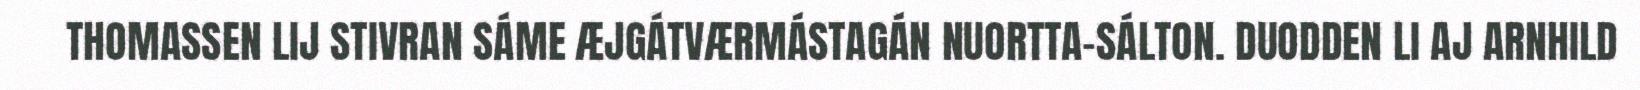
THOMASSEN LIJ STIVRAN SÁME ÆJGÁTVÆRMÁSTAGÁN NUORTTA-SÁLTON. DUODDEN LI AJ ARNHILD